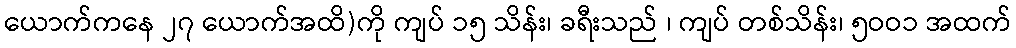
ယောက်ကနေ ၂၇ ယောက်အထိ)ကို ကျပ် ၁၅ သိန်း၊ ခရီးသည် ၊ ကျပ် တစ်သိန်း၊ ၅ဝဝ၁ အထက်